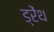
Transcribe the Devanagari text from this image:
ड्रेंथ